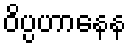
ဝိပ္ပဟာနေန